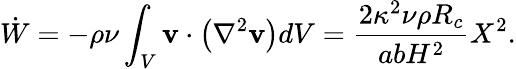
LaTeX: \dot{W}=-\rho\nu\int_{V}\mathbf{v}\cdot\left(\nabla^{2}\mathbf{v}\right)dV=\frac{2\kappa^{2}\nu\rho R_{c}}{abH^{2}}X^{2}.